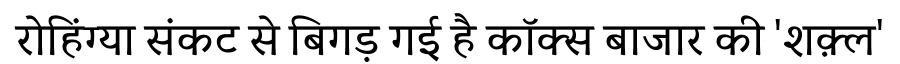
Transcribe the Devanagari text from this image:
रोहिंग्या संकट से बिगड़ गई है कॉक्स बाजार की 'शक़्ल'